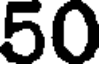
50